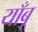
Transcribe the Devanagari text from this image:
याँबू